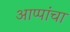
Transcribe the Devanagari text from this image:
आप्पांचा